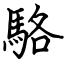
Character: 駱